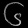
Digit: ၆